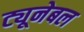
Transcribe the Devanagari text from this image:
ट्यूनेबल